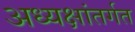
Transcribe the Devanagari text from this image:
अध्यक्षांतर्गत